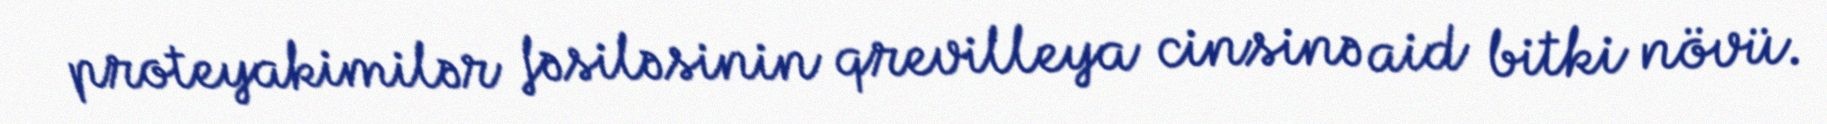
proteyakimilər fəsiləsinin qrevilleya cinsinə aid bitki növü.